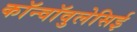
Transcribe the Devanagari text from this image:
कॉन्वॉवुलेसिई